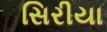
સિરીયા